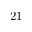
2 1